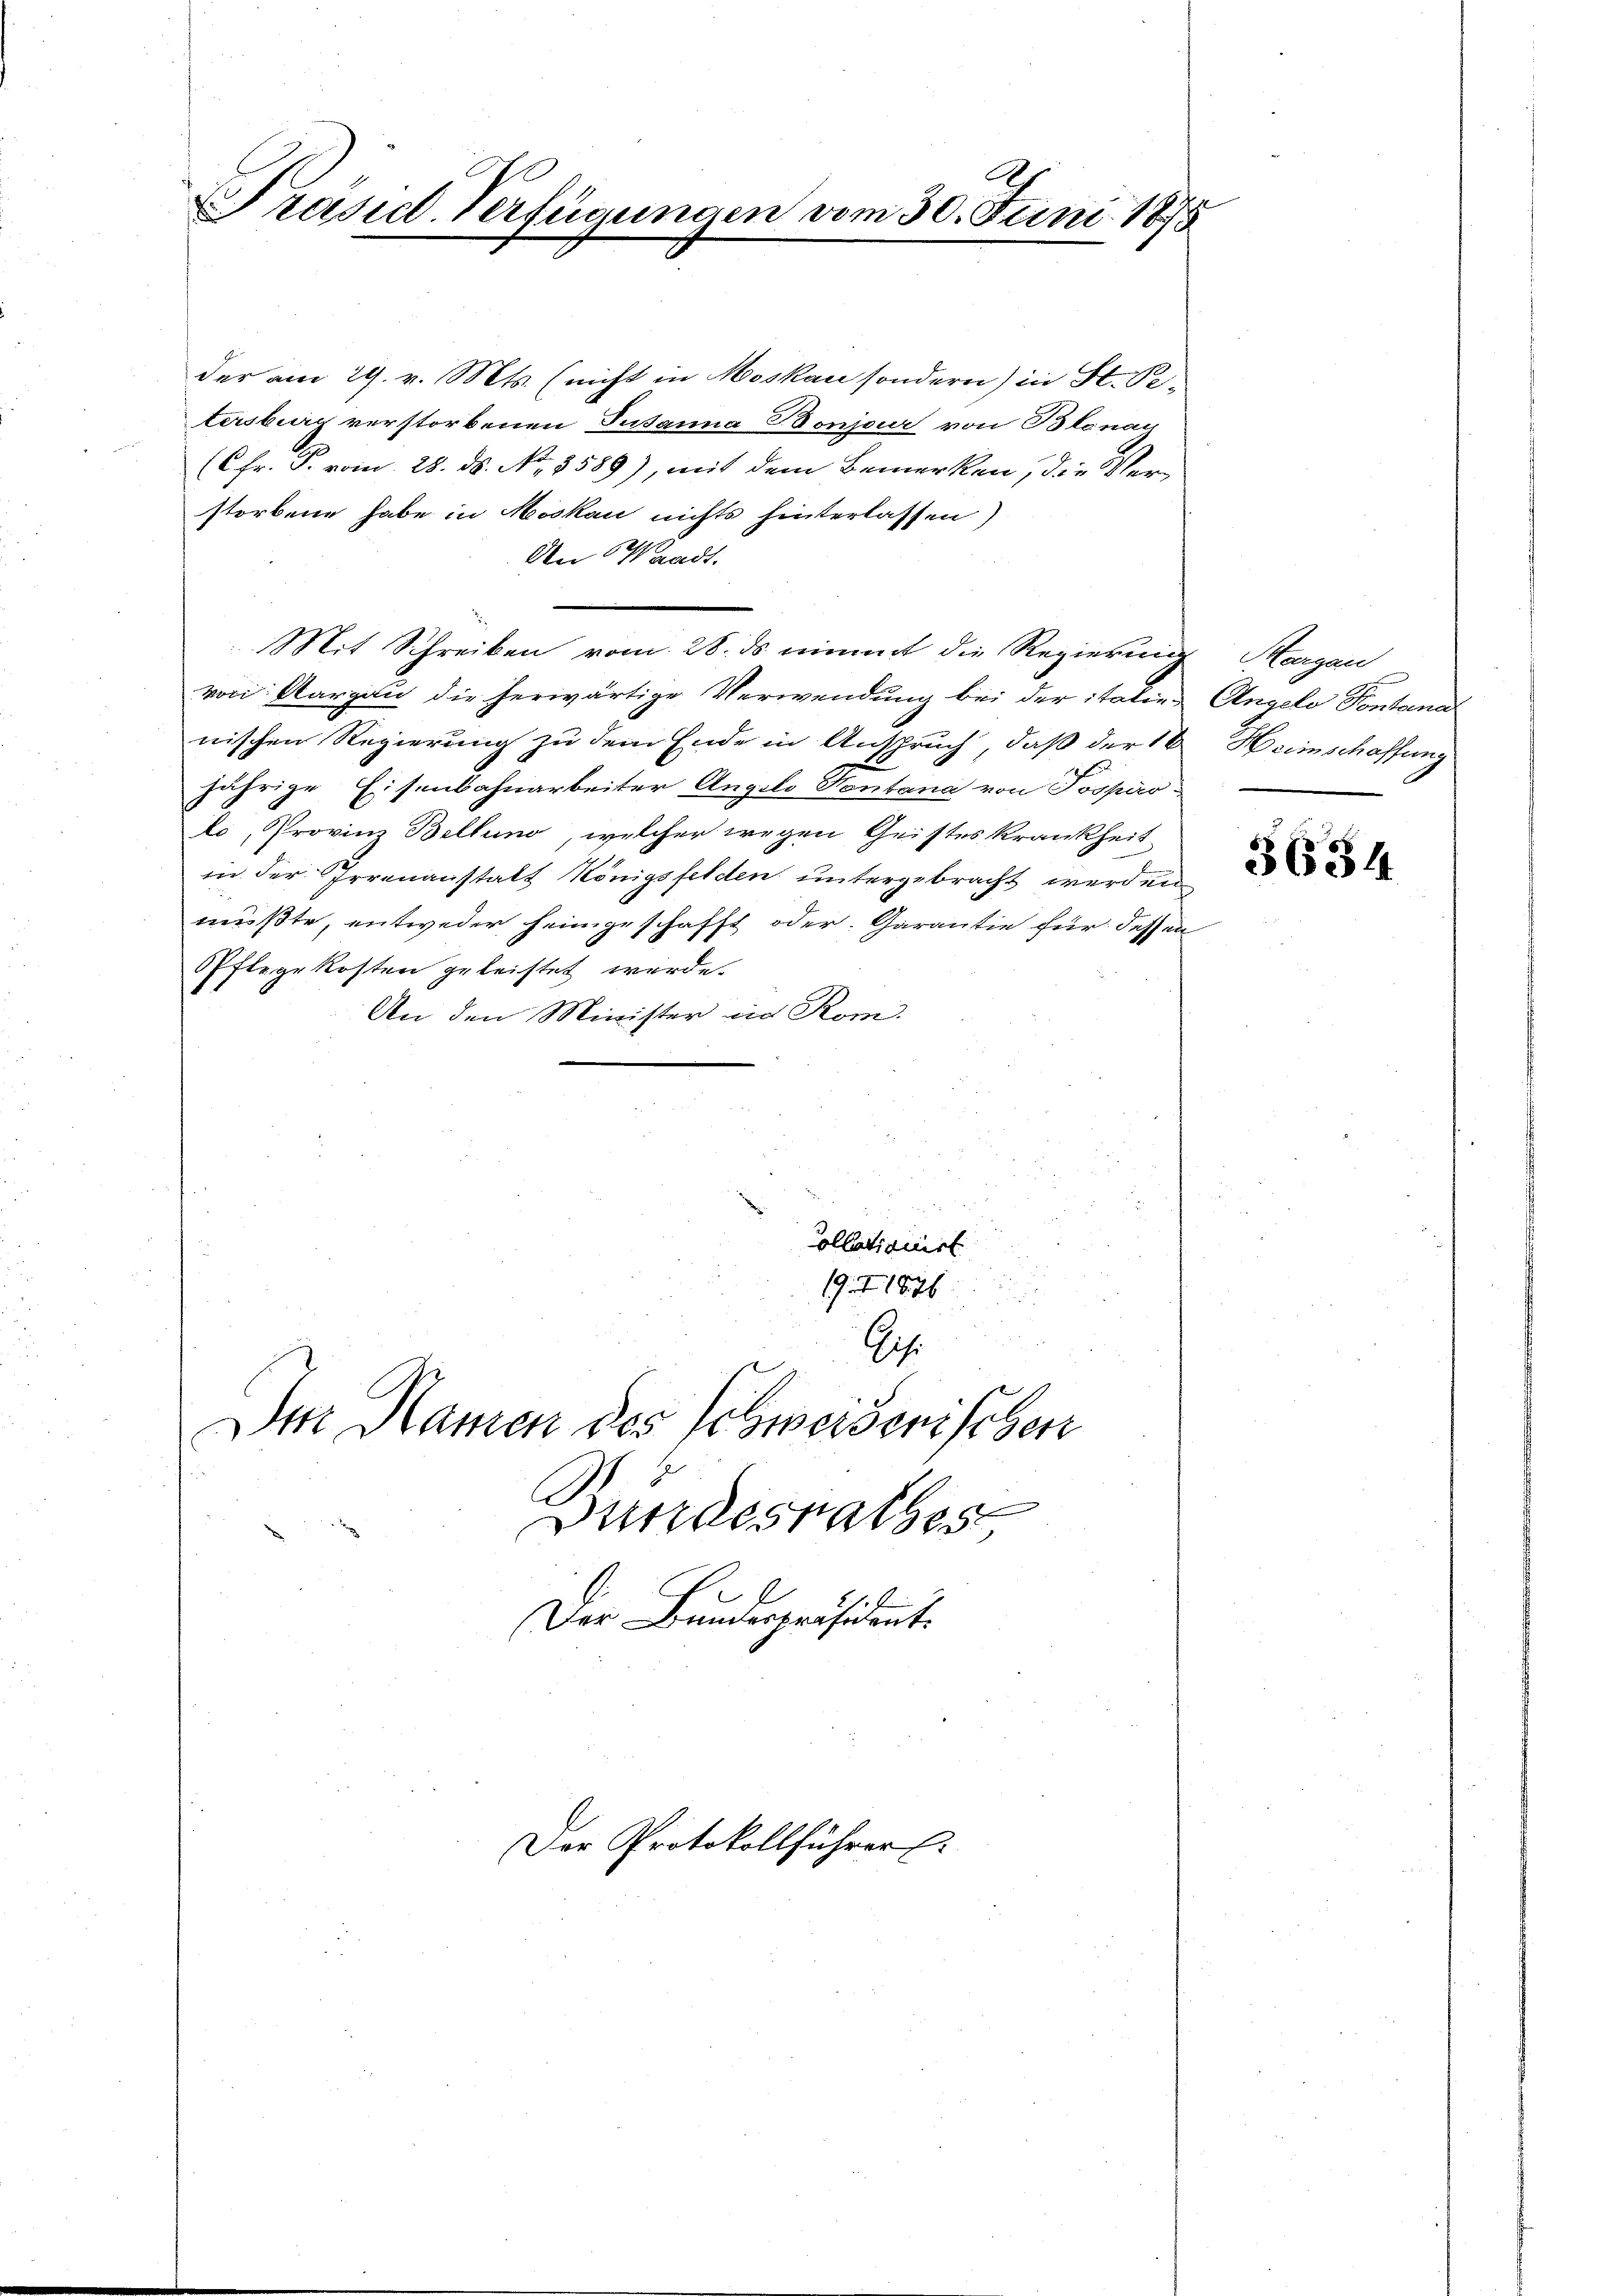
Präsid. Verfügungen vom 30. Juni 1875

der am 29. v. Mts. (nicht in Moskau sondern) in St. Petersburg verstorbenen Susanna Bonjar von Blonay
(CFr. P. vom 28. ds. No. 8589), mit dem Bemerken, die Verstorbene habe in Moskau nichts hinterlassen)
An Waadt.
Mit Schreiben vom 28. ds nimmt die Regierung
von Aargau die herwärtige Verwendung bei der italien Angelo Pontana
nischen Regierung zu dem Ende in Anspruch, daß der 16
jährige Eisenbahnarbeiter Angelo Nontana von Pospico-
lo, Provinz Beltung, welcher wegen Geistes Krankheit
in der Irrenanstalt Königsfelden untergebracht werden
mußte, entweder heimgeschafft oder Garantie für dessen
Eftegekosten geleistet werde.
An den Minister in Rom.
Collatinuirt
19. I. 1876.
Geh.
Im Namen des Schweiserischen

Bundesrathes
Der Bundespräsident.

Der Protokollführer

Hergan
Heimschaffung

3634